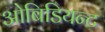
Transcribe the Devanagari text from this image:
ओबिडियन्ट